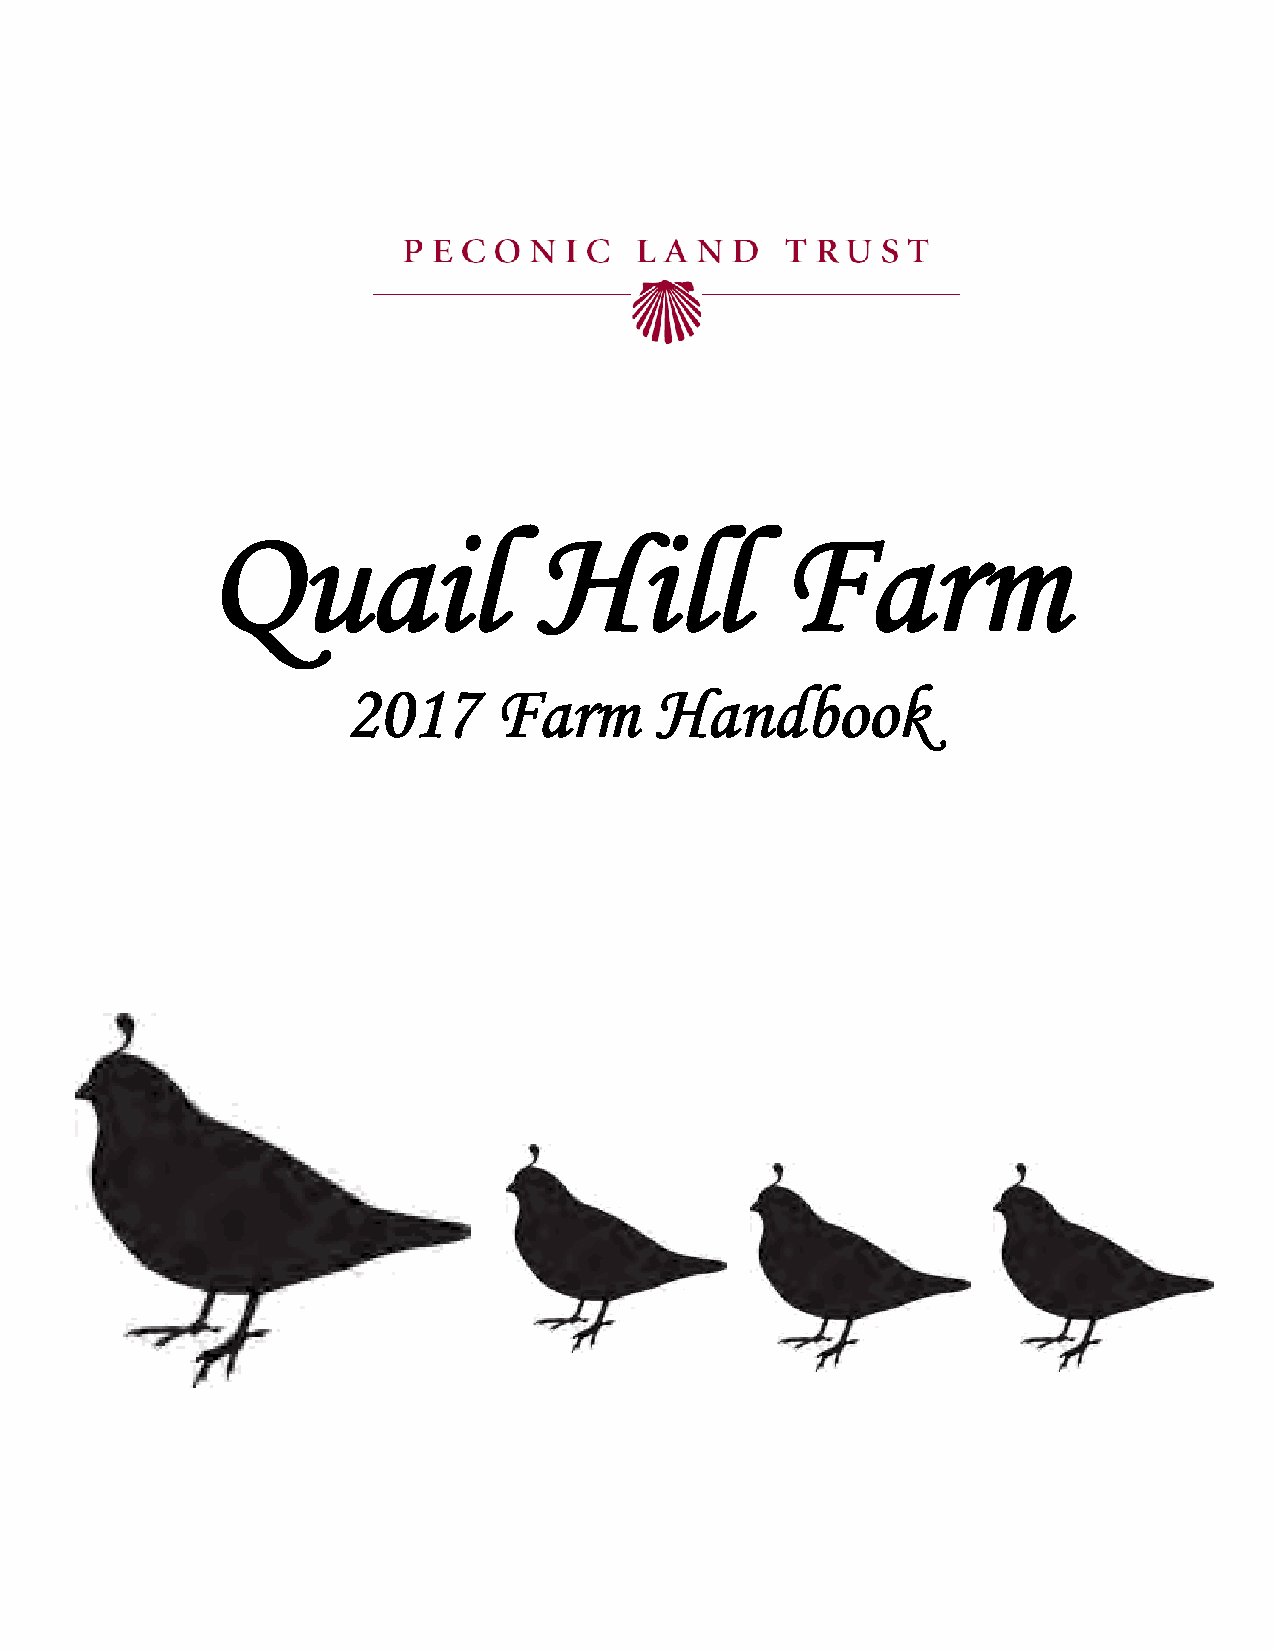
Quail                Hill             Farm
 2017      Farm      Handbook